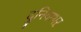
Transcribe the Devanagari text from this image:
दुनियाभऱ